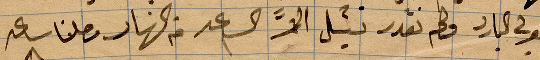
غيوم البارد ولم نقدر .. الا في النهار وصلنا ساعة